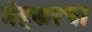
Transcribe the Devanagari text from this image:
मेहकरचा